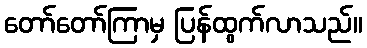
တော်တော်ကြာမှ ပြန်ထွက်လာသည်။